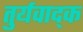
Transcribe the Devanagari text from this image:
तुर्यवाद्क